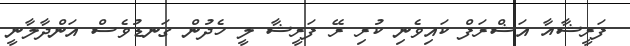
ފަރީޝާއާ އަޝްރަފް ކައިވެނި ކުރި ރޭ ފަރީޝާ ލީ ހެދުން ގަނޑުވެސް އަންދާލާނީ